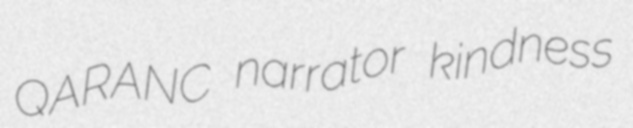
QARANC narrator kindness